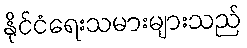
နိုင်ငံရေးသမားများသည်